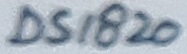
Text: DS1820